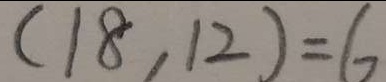
( 1 8 , 1 2 ) = 6